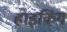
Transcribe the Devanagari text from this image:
हाइकिंग